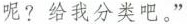
呢?给我分类吧。”